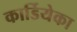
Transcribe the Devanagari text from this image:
कार्डियेका